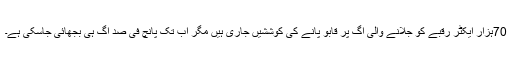
70ہزار ایکٹر رقبے کو جلانے والی آگ پر قابو پانے کی کوششیں جاری ہیں مگر اب تک پانچ فی صد آگ ہی بجھائی جاسکی ہے۔